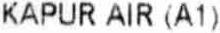
KAPUR AIR (A1)